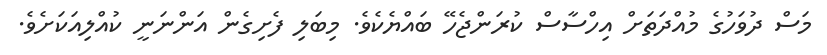
މަސް ދުވަހުގެ މުއްދަތަށް އިހްސާސް ކުރަންޖެހޭ ބައްޔެކެވެ. މިބަލި ފެށިގެން އަންނަނީ ކުއްލިއަކަށެވެ.